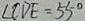
\angle C D E = 5 5 ^ { \circ }